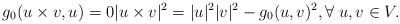
LaTeX: \begin{align*}g_0(u \times v, u) = 0 |u \times v|^2 = |u|^2|v|^2 - g_0(u, v)^2, \forall \; u, v \in V. \end{align*}